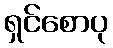
ရှင်စောပု